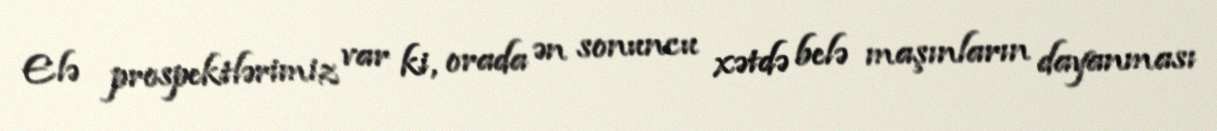
Elə prospektlərimiz var ki, orada ən sonuncu xətdə belə maşınların dayanması